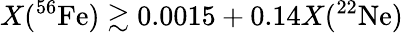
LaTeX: X(^{56}\mathrm{Fe})\gtrsim 0.0015+0.14X(^{22}\mathrm{Ne})